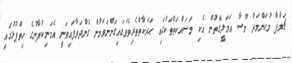
ޗަމްޕާ މުޙަންމަދު މޫސާ ޢަމަލީގޮތުން އެކި މަސައްކަތްތަކުގައި ޙަރަކާތްތެރިވެވަޑައިގަންނަވަމުން ގެންދަވާފައިވަނީ އެމަނިކުފާނުގެ ހިތްޕުޅުގައި